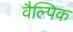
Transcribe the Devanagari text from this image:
वैल्पिक